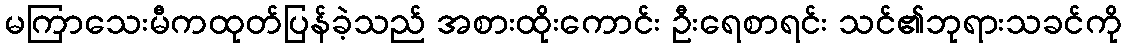
မကြာသေးမီကထုတ်ပြန်ခဲ့သည် အစားထိုးကောင်း ဦးရေစာရင်း သင်၏ဘုရားသခင်ကို